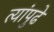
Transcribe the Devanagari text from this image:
त्यांपुढे